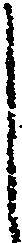
し